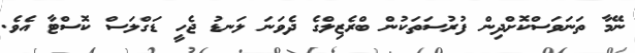
ނޭމާ ތަނަވަސްކޮށްދިން ފުރުސަތަކުން ބްރެޒިލްގެ ދެވަނަ ލަނޑު ޖެހީ ޑަގްލަސް ކޮސްޓާ އެވެ.